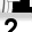
Digit: 2